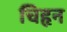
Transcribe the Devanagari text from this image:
चिहृन